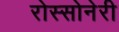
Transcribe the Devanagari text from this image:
रोस्सोनेरी